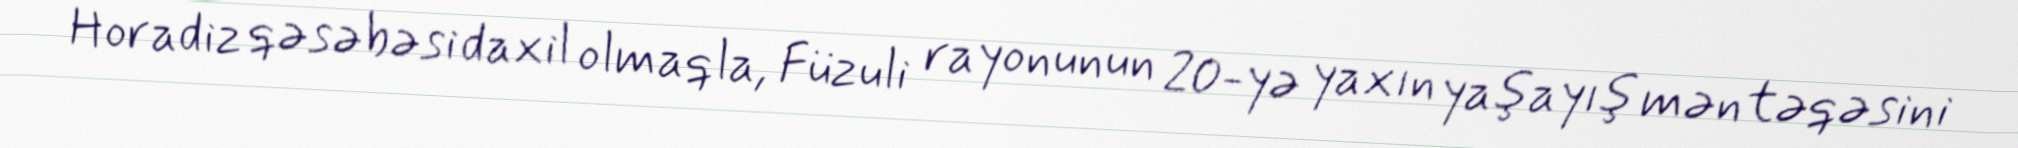
Horadiz qəsəbəsi daxil olmaqla, Füzuli rayonunun 20-yə yaxın yaşayış məntəqəsini